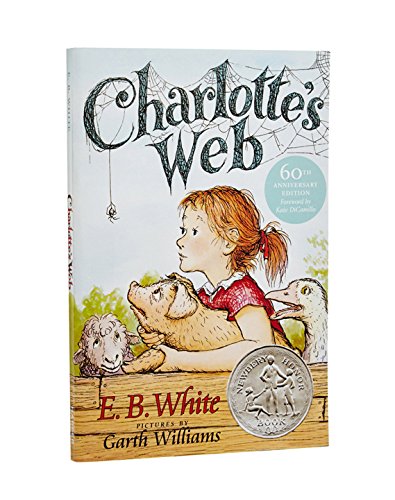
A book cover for Charlotte's Web (Trophy Newbery); E. B. White; Literature & Fiction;